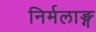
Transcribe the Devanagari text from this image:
निर्मलाङ्ग